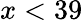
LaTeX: x<39